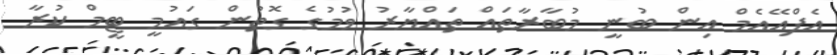
އެފްއޭއެމް އިން ބުނީ މުބާރާތައް ތައްޔާރު ވުމުގެ ގޮތުން ގައުމީ ޓީމް ކުރާ